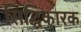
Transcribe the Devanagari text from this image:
सिद्धिकारक